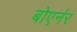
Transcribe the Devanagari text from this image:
बोएर्नर